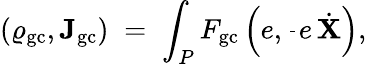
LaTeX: (\varrho_{\mathrm{gc}},{\mathbf J}_{\mathrm{gc}})\; =\; \int_{P}F_{\mathrm{gc}}\left(e,\frac{}{}e\, \dot{\mathbf X}\right),